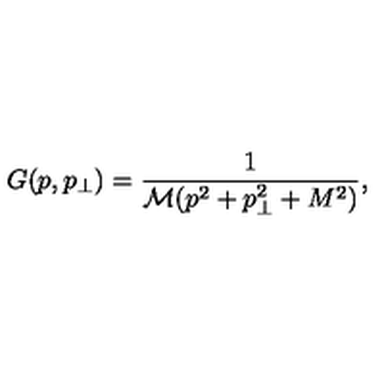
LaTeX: G ( p , p _ { \perp } ) = \frac { 1 } { \mathcal { M } ( p ^ { 2 } + p _ { \perp } ^ { 2 } + M ^ { 2 } ) } ,